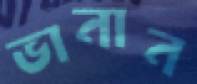
ভানান